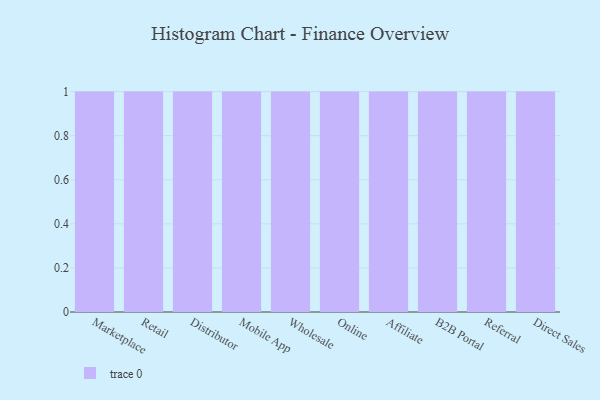
{"axis": {"x": "Channel", "y": "Tickets Resolved"}, "legend": [""], "data": [{"x": "Marketplace", "y": 4, "type": ""}, {"x": "Retail", "y": 83, "type": ""}, {"x": "Distributor", "y": 83, "type": ""}, {"x": "Mobile App", "y": 35, "type": ""}, {"x": "Wholesale", "y": 99, "type": ""}, {"x": "Online", "y": 35, "type": ""}, {"x": "Affiliate", "y": 18, "type": ""}, {"x": "B2B Portal", "y": 97, "type": ""}, {"x": "Referral", "y": 41, "type": ""}, {"x": "Direct Sales", "y": 34, "type": ""}]}